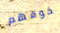
خوفهم